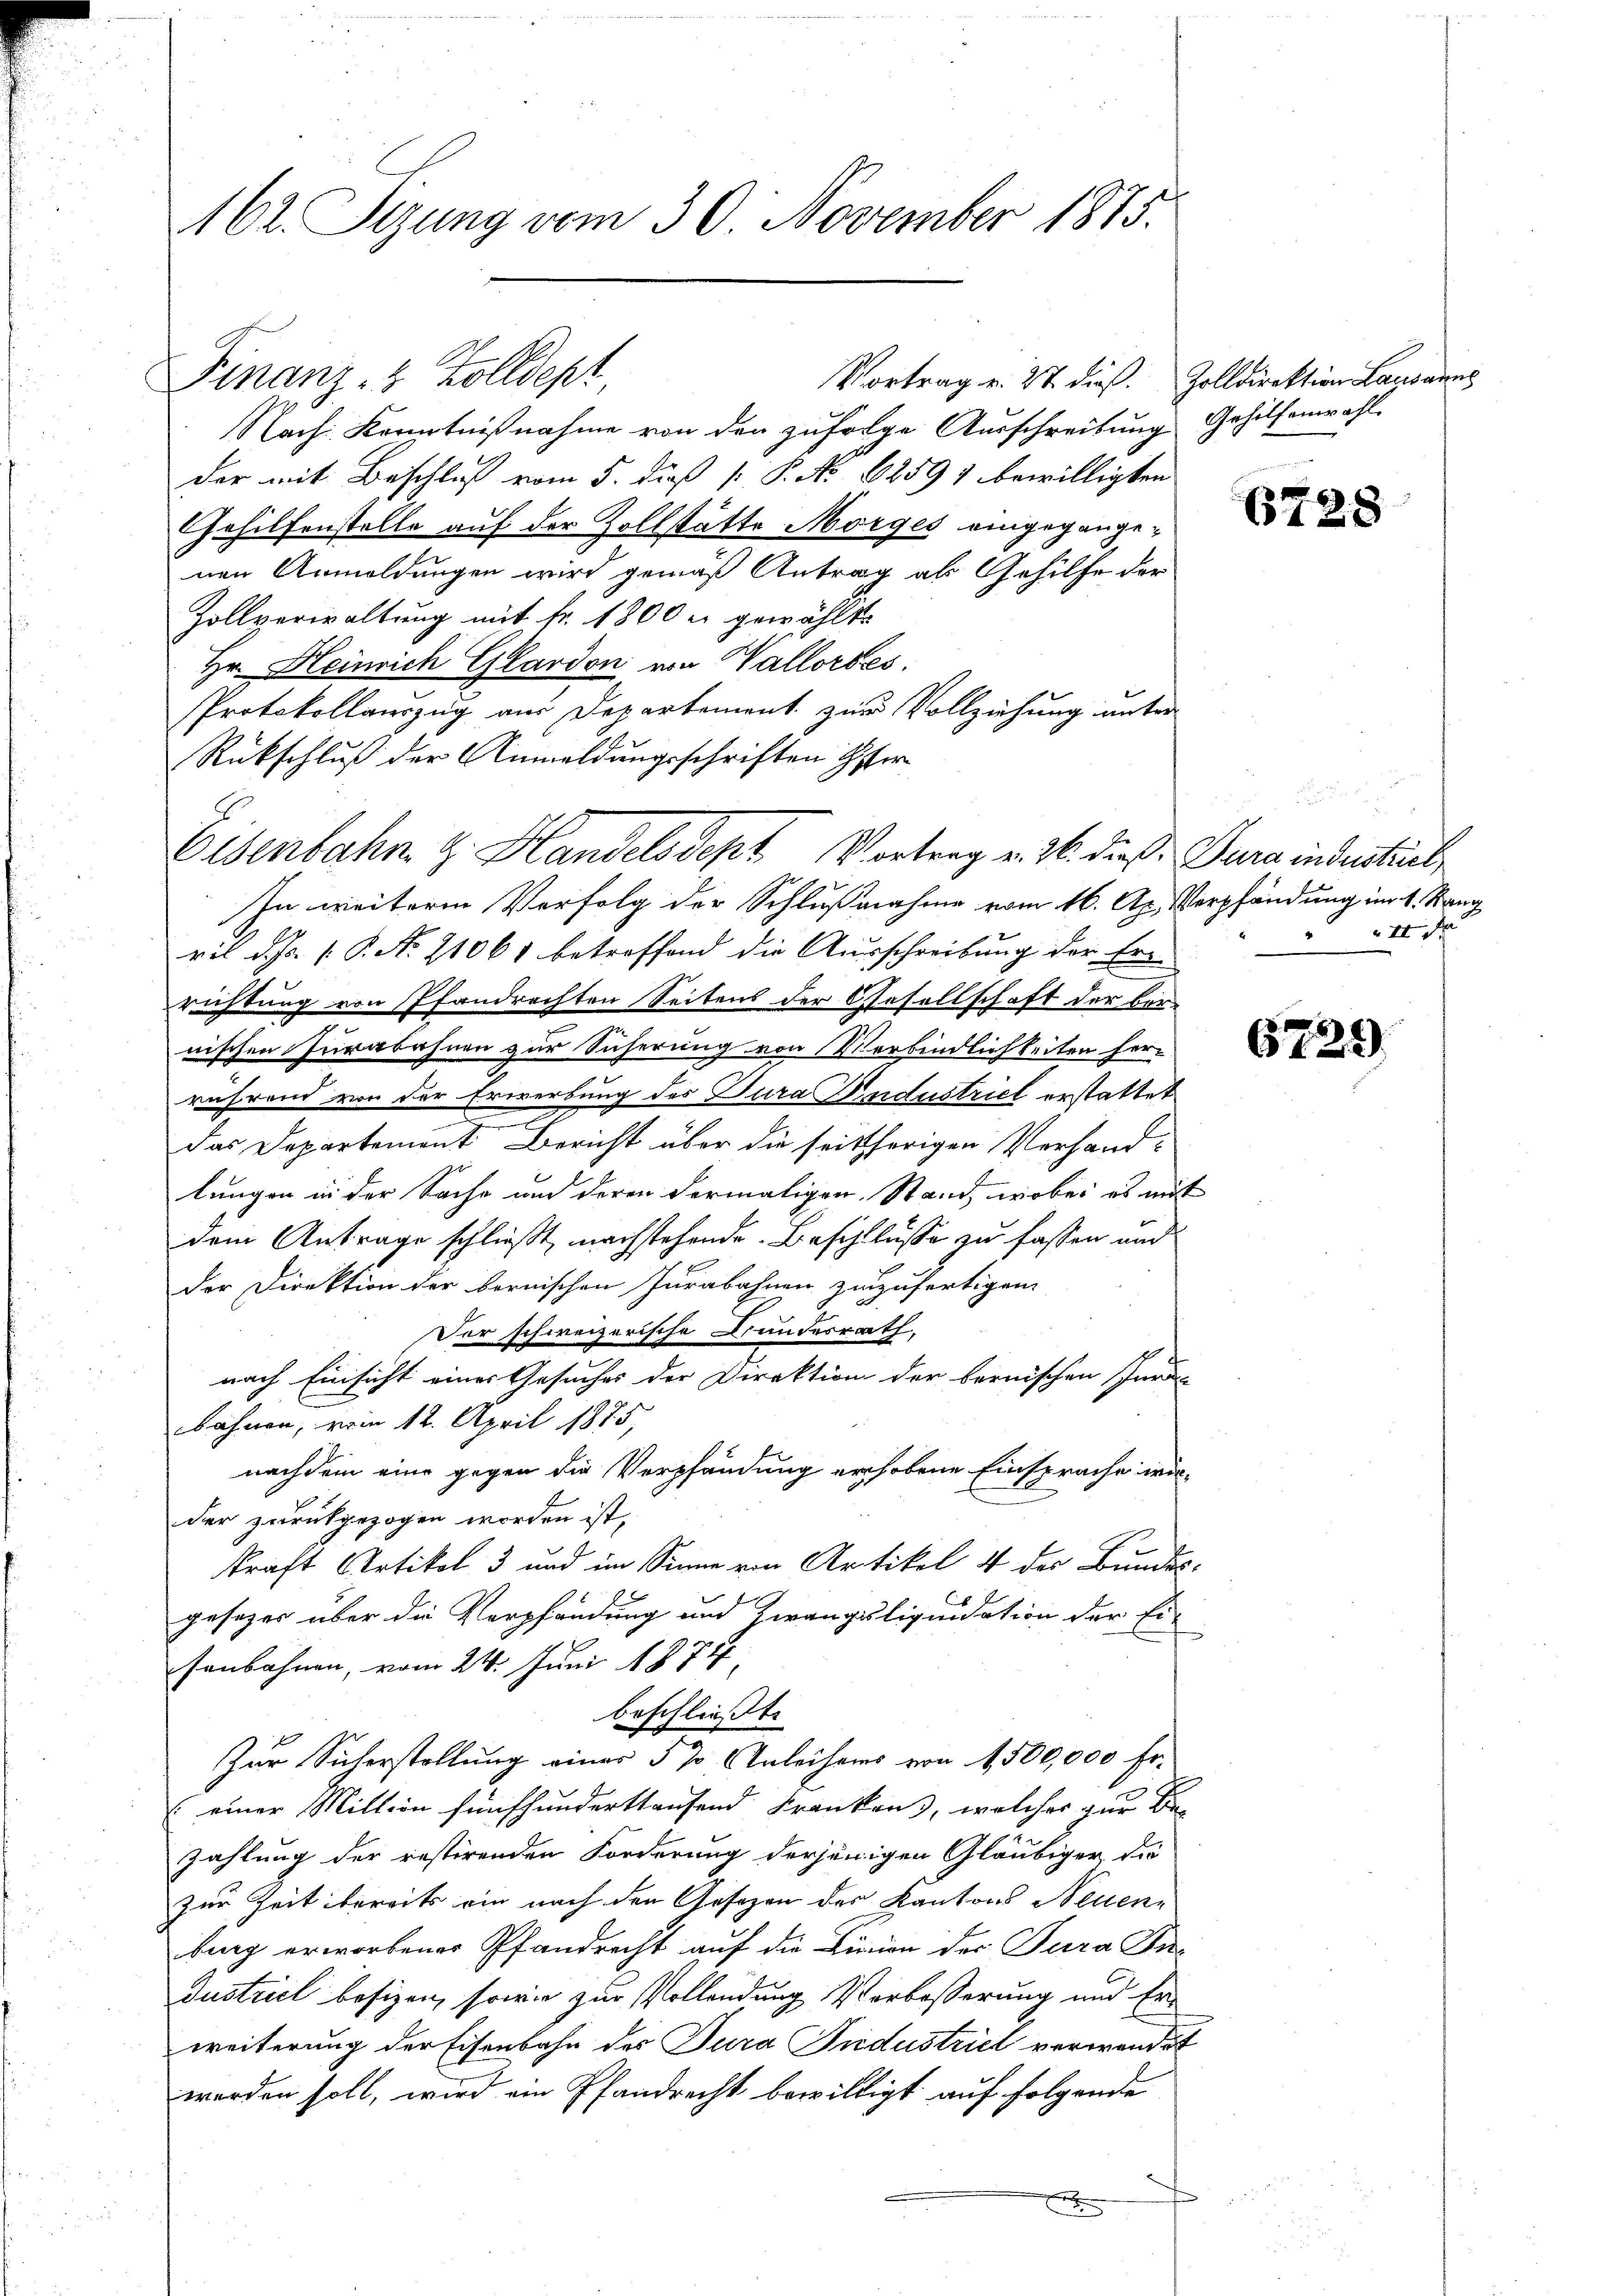
62. Sizung vom 30. November 1875.

Eisenbahn z. Handels Sept Vortrag v. 26. dieß: Jura indentiel

Finanz- 4 Zolldept
Vortrag v. 27. dieß.
Nach Kenntnißnahme von den zufolge Ausschreibung
der mit Beschluß vom 5. dieß [ P. No 62597 bewilligten
Gehilfenstelle auf der Zollstätte Morges eingegangenen Anmeldungen wird gemäß Antrag als Gehilfe der
Hollverwaltung mit fr. 1800 er gewählte
Hr. Heinrich Glardon von Wallorbes
Protokollauszug aus Departement zur Vollziehung unter
Rückschluß der Anmeldungsschriften Ester
In weiteren Verfolg der Schlußnahme vom 16. Ap. Verpfändung im 1. Stang
ril d. Js. 1. P. No 21061 betroffend die Ausschreibung der Er-
richtung von Pfandrechten Seitens der Gesellschaft der Bor¬
7
nischen Iurabahnen zur Sicherung von Verbindlichkeiten herrührend von der Erwerbung des Jura Andustriel erstattet
.
das Departement Bericht über die seitherigen Verhand-
lungen in der Sache und deren dermaligen, Stand, wobei es aut
dem Antrage schließt, nachstehende Beschlüsse zu fassen und
der Direktion der bernischen Jurabahnen zuzufertigen.
Der schweizerische Bundesrath,
nach Einsicht einer Gesuches der Direktion der bernischen Jura
bahnen, vom 12. April 1875,
nachdem eine gegen die Verpfändung erhobene Einsprache wirder zurückgezogen worden ist,
kraft Artikel 3 und im Sinne von Artikel 4 der Bundes
gesezes über die Verpfandung und Zwangsliquidation der Ei-
senbahnen, vom 24. Juni 1878
beschließt:
Zur Sicherstellung einer 5 % Anleihers von 1500,000 Fr.
(einer Million fünfhundertstaufend Franken, welches zur Be-
Zahlung der restirenden Forderung derjenigen Gläubiger, die
zur Zeit bereits ein nach den Gesezen des Kantons Neuen
burg erworbener Pfandrecht auf die Firnion der Jura In-
Dustriel besizen, sowie zur Vollendung Verbosserung und Er-
weiterung der Eisenbahn des Jura Jndustriel verwendet
worden soll, wird ein Pfandrecht bewilligt auf folgende

Zolldirektion Lausann
Gehilfenwahl.

s

6728

II d

6729